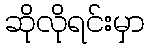
ဆိုလိုရင်းမှာ